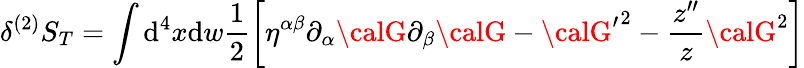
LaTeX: \delta^{(2)}S_{T}=\int\mathrm{d}^{4}x\mathrm{d}w\frac{{1}}{{2}}\biggl[\eta^{\alpha\beta}\partial_{\alpha}{\calG}\partial_{\beta}{\calG}-{{\calG}^{\prime}}^{2}-\frac{{z^{\prime\prime}}}{{z}}{\calG}^{2}\biggr]